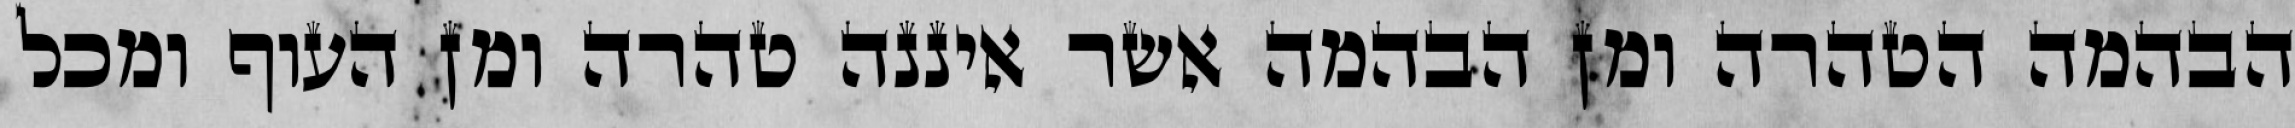
הבהמה הטהרה ומן הבהמה אשר איננה טהרה ומן העוף ומכל